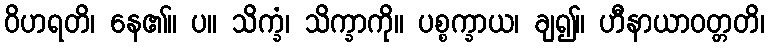
ဝိဟရတိ၊ နေ၏။ ပ။ သိက္ခံ၊ သိက္ခာကို။ ပစ္စက္ခာယ၊ ချ၍။ ဟီနာယာဝတ္တတိ၊